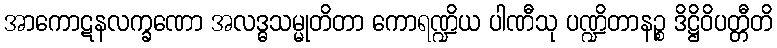
အာကောဋနလက္ခဏော အလဒ္ဓသမ္မုတိတာ ကောရဏ္ဍိယ ပါဏီသု ပဏ္ဍိတာနဉ္စ ဒိဋ္ဌိဝိပတ္တီတိ